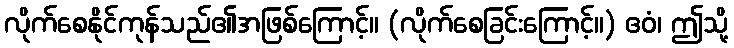
လိုက်စေနိုင်ကုန်သည်၏အဖြစ်ကြောင့်။ (လိုက်စေခြင်းကြောင့်။) ဧဝံ၊ ဤသို့